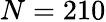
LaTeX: N=210